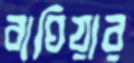
বাঘিয়ার